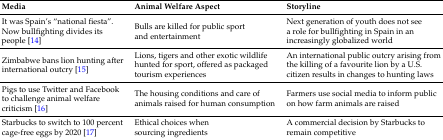
<table><thead><tr><td><b>Media</b></td><td><b>Animal Welfare Aspect</b></td><td><b>Storyline</b></td></tr></thead><tbody><tr><td>It was Spain’s “national fiesta”. Now bullfighting divides its people [14]</td><td>Bulls are killed for public sport and entertainment</td><td>Next generation of youth does not see a role for bullfighting in Spain in an increasingly globalized world</td></tr><tr><td>Zimbabwe bans lion hunting after international outcry [15]</td><td>Lions, tigers and other exotic wildlife hunted for sport, offered as packaged tourism experiences</td><td>An international public outcry arising from the killing of a favourite lion by a U.S. citizen results in changes to hunting laws</td></tr><tr><td>Pigs to use Twitter and Facebook to challenge animal welfare criticism [16]</td><td>The housing conditions and care of animals raised for human consumption</td><td>Farmers use social media to inform public on how farm animals are raised</td></tr><tr><td>Starbucks to switch to 100 percent cage-free eggs by 2020 [17]</td><td>Ethical choices when sourcing ingredients</td><td>A commercial decision by Starbucks to remain competitive</td></tr></tbody></table>